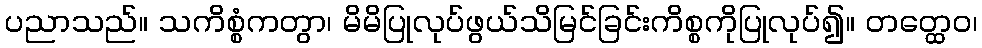
ပညာသည်။ သကိစ္စံကတွာ၊ မိမိပြုလုပ်ဖွယ်သိမြင်ခြင်းကိစ္စကိုပြုလုပ်၍။ တတ္ထေဝ၊